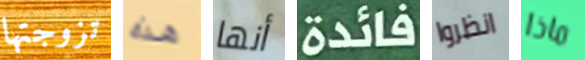
تزوجتها هذه أنها فائدة انظروا ماذا